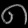
Digit: ၈